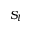
S _ { l }